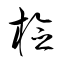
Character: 檢